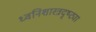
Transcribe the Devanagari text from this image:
ध्वनिशास्त्रदृष्ट्या